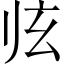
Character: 𱮲